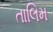
તાલિમ